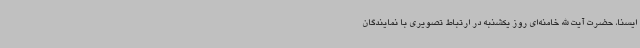
ایسنا، حضرت آیت الله خامنه‌ای روز یکشنبه در ارتباط تصویری با نمایندگان